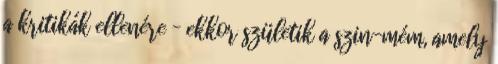
a kritikák ellenére – ekkor születik a szin-mém, amely